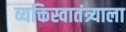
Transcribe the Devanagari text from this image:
व्यक्तिस्वातंत्र्याला